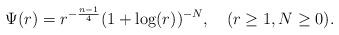
LaTeX: \begin{align*}\Psi(r) = r^{-\frac{n-1}4}(1+\log(r))^{-N},\quad(r\ge 1, N\ge 0).\end{align*}